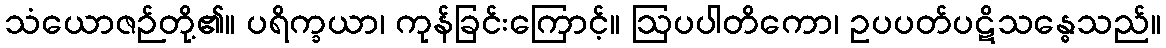
သံယောဇဉ်တို့၏။ ပရိက္ခယာ၊ ကုန်ခြင်းကြောင့်။ ဩပပါတိကော၊ ဥပပတ်ပဋိသန္ဓေသည်။